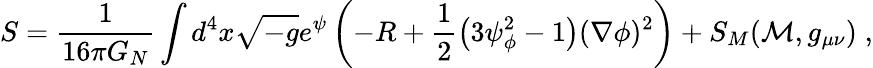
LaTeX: S=\frac{1}{16\pi G_{N}}\int d^{4}x\sqrt{-g}e^{\psi}\left(-R+\frac{1}{2}\left(3\psi_{\phi}^{2}-1\right)(\nabla\phi)^{2}\right)+S_{M}({\cal M},g_{\mu\nu})\; ,